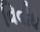
વિવીધ